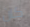
كان